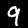
Label: 9